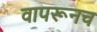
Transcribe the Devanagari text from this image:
वापरूनच